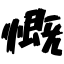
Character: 慨